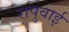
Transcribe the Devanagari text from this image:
रापुवाई